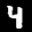
Label: 4